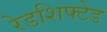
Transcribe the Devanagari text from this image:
रेडशिफ्टेड